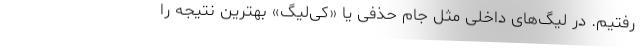
رفتیم. در لیگ‌های داخلی مثل جام حذفی یا «کی‌‌لیگ» بهترین نتیجه را